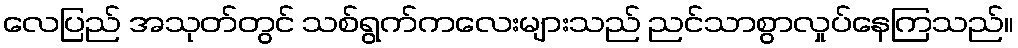
လေပြည် အသုတ်တွင် သစ်ရွက်ကလေးများသည် ညင်သာစွာလှုပ်နေကြသည်။